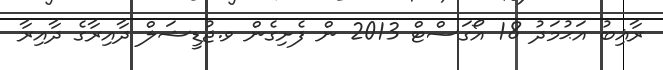
ރާޣިބު އަޙުމަދު 18 އޯގަސްޓް 2013 ން ފެށިގެން ވ.ޖުޑީޝަލް ދާއިރާގެ ދާއިރާ